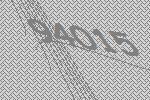
94015